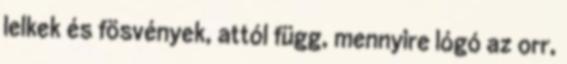
lelkek és fösvények, attól függ, mennyire lógó az orr,